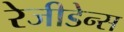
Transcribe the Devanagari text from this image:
रेजीडेन्स